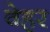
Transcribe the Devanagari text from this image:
वेहर